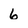
Character: 6